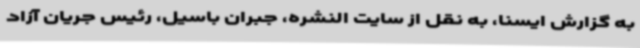
به گزارش ایسنا، به نقل از سایت النشره، جبران باسیل، رئیس جریان آزاد